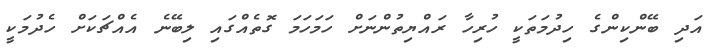
އަދި ބޭންކިންގެ ހިދުމަތަކީ ހުރިހާ ރައްޔިތުންނަށް ހަމަހަމަ ގޮތެއްގައި ލިބޭނެ އެއްޗަކަށް ހެދުމަކީ